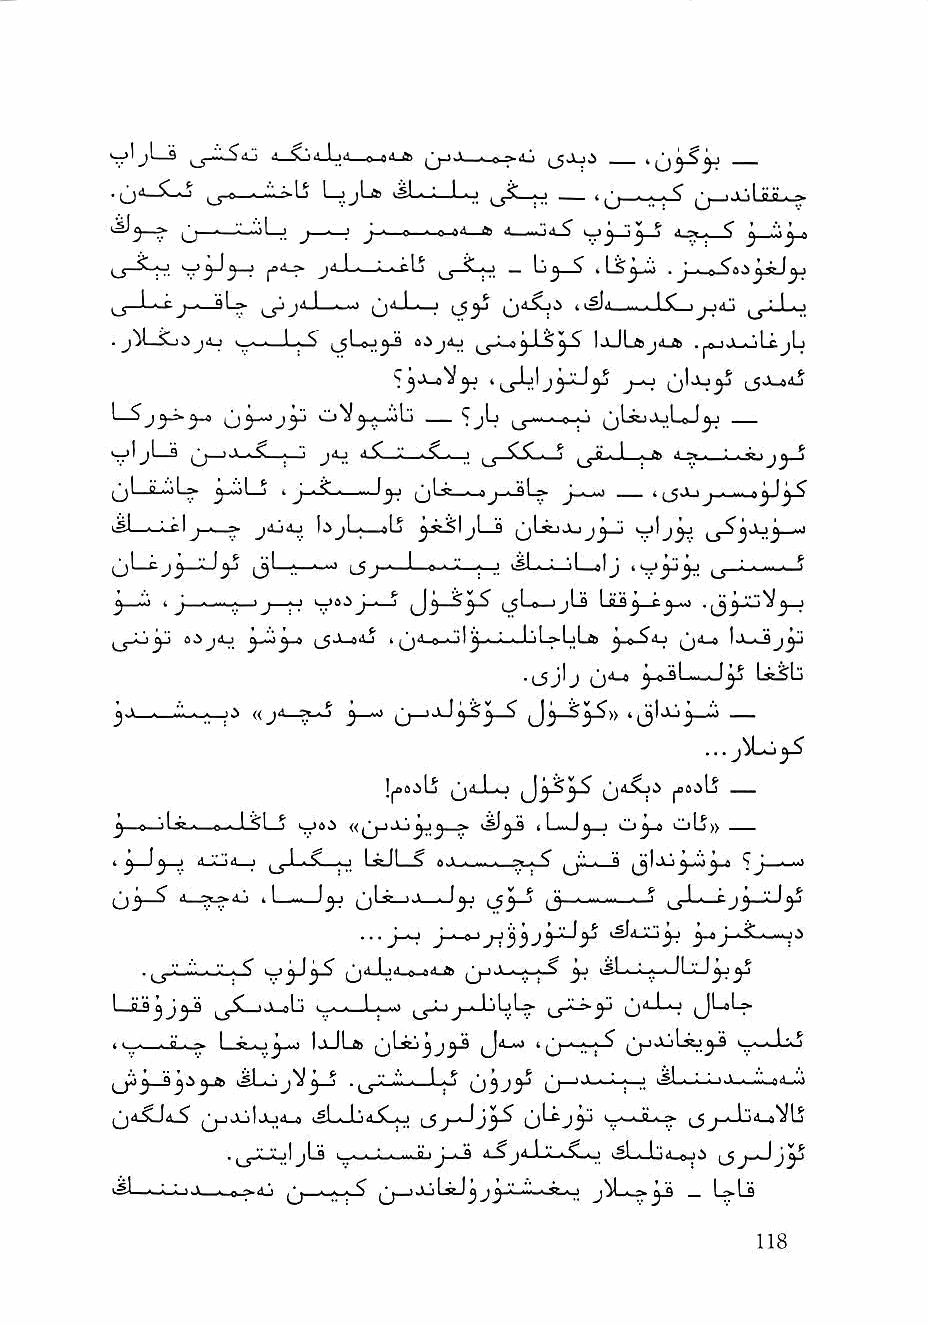
jljLiS           0       n 0 :>4j iJJoi
 .(j4_iL^ ^-e .. u-^Lj L-jjLa >aL-L-L»u ^j_ijuUL^
 — ■-.ij 1—j J ' ,1 J * O « 0 » 4—04-? 4 ^ ■ "s j '\^ .
 («i-> j4_L_L-^Ij jj_SLo _ lj^_$ . J ■
 LsJij-*—                     t •^4_-«JX_)^<U jjI.Lo
 « 1^1
 >-0 i^ljuJuLoJ^
 v'  ^         J^.     ' ,i |_J—iX-i—j ;-A 4_>._L.»ij J^_J
 (jLL:iL» ^Lj ^      (jLc-^    J—' — 'c5J^
 vSJ --^Ij ■—^ j4j4j ).>jl ; alj 3 ^jLsSjJuj^J ^ .J ..I
 qLcj^jJ^        ijJ L»....".L-|—; isL_LjL_«Ij ^:-.-.„._._S
 i J—  J—|-J 1-J6ij_^  j_5Lo—JjLs Lis^—C^^ .|jyoV^_4
 4^j4^ y!4^^*4 ^Jl^4j > iO ' '..i iL^LiLfc ^.e ^4-i ^4^
 .(_5jlj (j*"-* ^-o-sL—-J^ UaSb
 « j4_S|L-J ^_«> ,j_)aJ^^_$
 !^s:ilj q<i-Lj
 ■ ^ — IJ I Oyo <—lb))
 ^3":'.      o LrJI—^ '  ^ ^ ^'■' - *   ^J_. ■■!
 UJL^
 03-^ '*—  il—~_)y ^La-jO—^JI3y^ 1J '3 -►' ^.L-f jj-Xjy
 ... J—.J J ■ 0 I i^4JLi^ ^j" •^■■-i..-0
 . ^^V,!.'...-'.',.^ ^^ ^^4.1 iii.8.a4,a ^ <5l..-L.*->JLLjy ^
 i__y5L_)JLj>L) 1 j_JjLL^   ij'^-b^
 It—■ i .-^ I J "' IjJLfc jjLstj^j^ l_j^-^ ' I——■.Xib
 iJ'3-^3'^3-*            o3Jy (j-'-^'-H-^- ksL-^-i—
 ^^4.sj4»s JljIJLj4_^ 4.^_0 [_5 jy      ^^yjLj4_^^l,j
 .   I J Ls i_----t--.i.iia ' j-^ 4^j4JLk.4.^_o i^L^L>4_aj J ^ j_Jjy
 ■^1 ■ : • ■ ■ .o-»'4ji ,'. * * ^ .'y^JuLaeJa ■ <>.V..ii.-Jf_o aj L>Ls